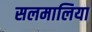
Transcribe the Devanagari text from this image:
सलमालिया